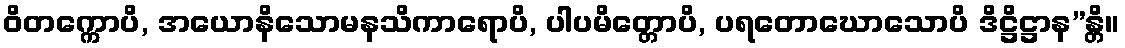
ဝိတက္ကောပိ, အယောနိသောမနသိကာရောပိ, ပါပမိတ္တောပိ, ပရတောဃောသောပိ ဒိဋ္ဌိဋ္ဌာန”န္တိ။